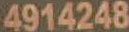
4914248